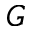
G